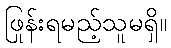
ဖြုန်းရမည့်သူမရှိ။